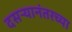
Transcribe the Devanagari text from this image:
दसऱ्यानंतरच्या